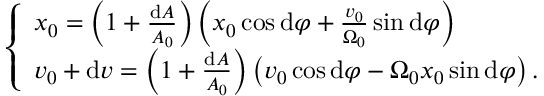
\left\{ \begin{array} { l } { x _ { 0 } = \left( 1 + \frac { \mathrm { d } A } { A _ { 0 } } \right) \left( x _ { 0 } \cos \mathrm { d } \varphi + \frac { v _ { 0 } } { \Omega _ { 0 } } \sin \mathrm { d } \varphi \right) } \\ { v _ { 0 } + \mathrm { d } v = \left( 1 + \frac { \mathrm { d } A } { A _ { 0 } } \right) \left( v _ { 0 } \cos \mathrm { d } \varphi - \Omega _ { 0 } x _ { 0 } \sin \mathrm { d } \varphi \right) \mathrm { . } } \end{array} \right.